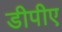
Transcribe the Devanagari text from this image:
डीपीए